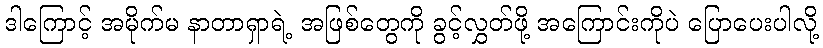
ဒါကြောင့် အမိုက်မ နာတာရှာရဲ့ အဖြစ်တွေကို ခွင့်လွှတ်ဖို့ အကြောင်းကိုပဲ ပြောပေးပါလို့